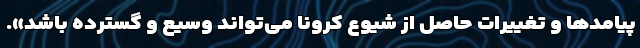
پیامدها و تغییرات حاصل از شیوع کرونا می‌تواند وسیع و گسترده باشد».